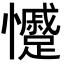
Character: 𭟣